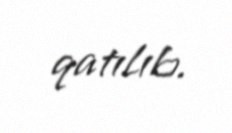
qatılıb.